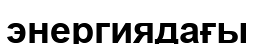
энергиядағы